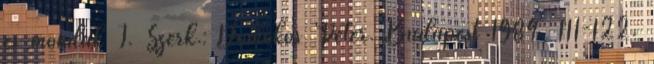
és mondák I. Szerk.: Domokos Péter. Budapest 1984. 111-122.